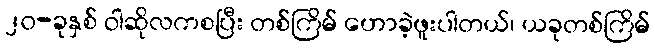
၂၀-ခုနှစ် ဝါဆိုလကစပြီး တစ်ကြိမ် ဟောခဲ့ဖူးပါတယ်၊ ယခုတစ်ကြိမ်